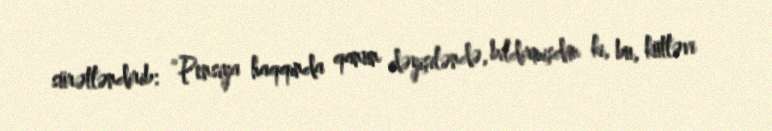
sürətləndirib: “Pensiya haqqında qanun dəyişiləndə, bildirmişdim ki, bu, kütləvi